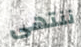
ننتهى